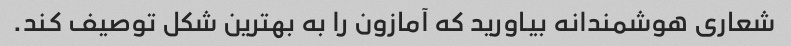
شعاری هوشمندانه بیاورید که آمازون را به بهترین شکل توصیف کند.